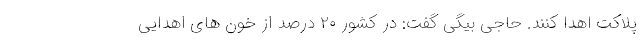
پلاکت اهدا کنند. حاجی بیگی گفت: در کشور ۲۰ درصد از خون های اهدایی